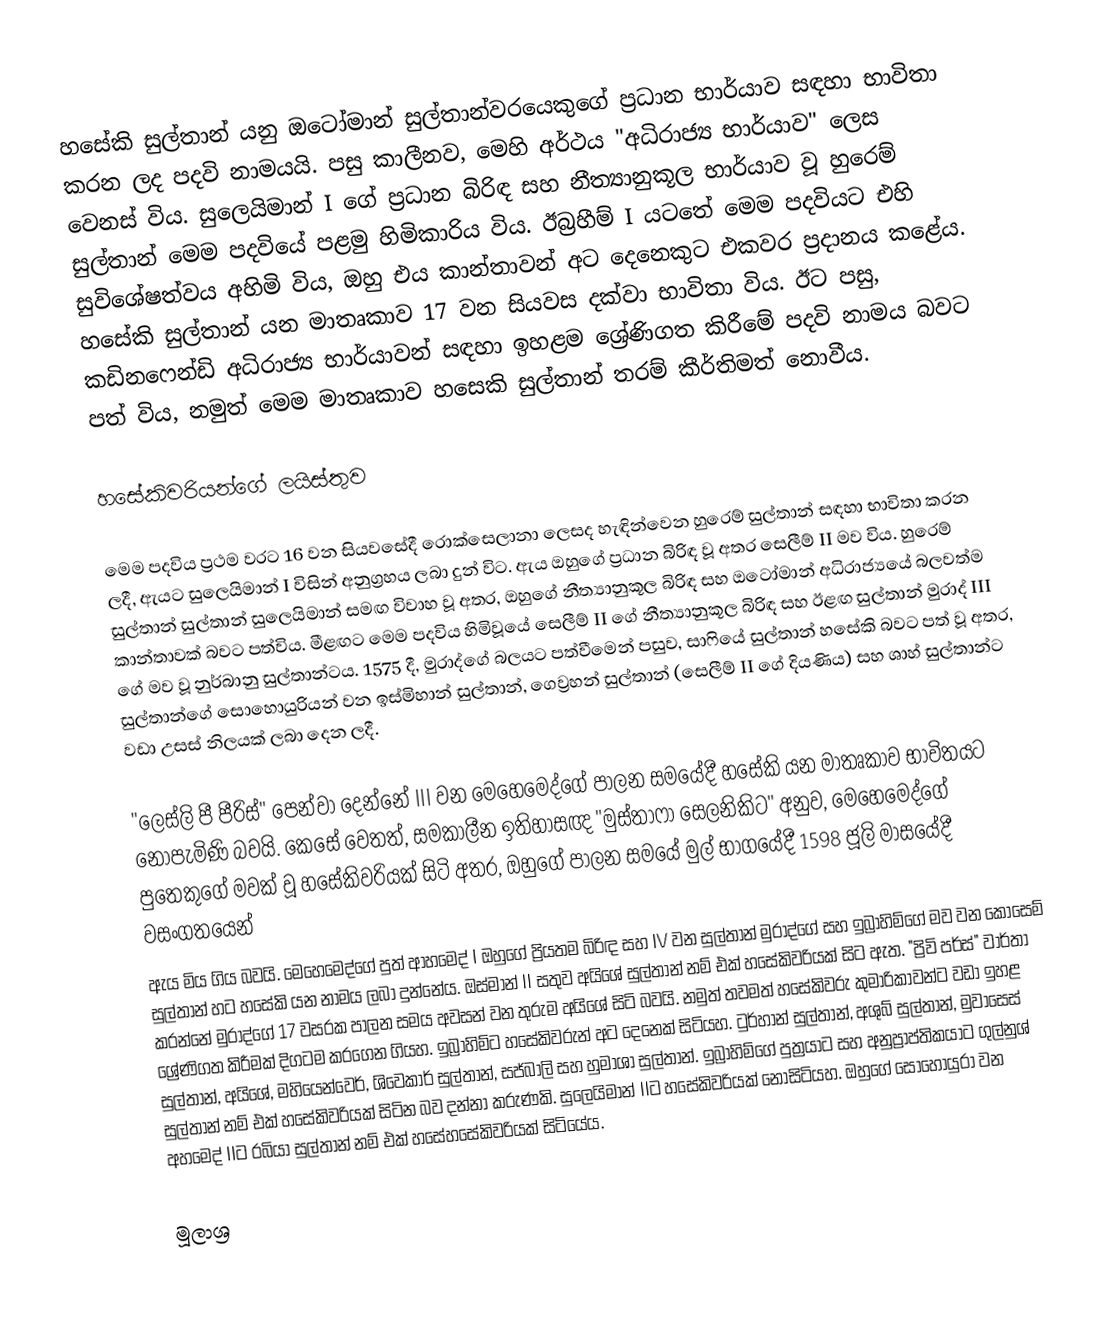
හසේකි සුල්තාන් යනු ඔටෝමාන් සුල්තාන්වරයෙකුගේ ප්‍රධාන භාර්යාව සඳහා භාවිතා කරන ලද පදවි නාමයයි. පසු කාලීනව, මෙහි අර්ථය "අධිරාජ්‍ය භාර්යාව" ලෙස වෙනස් විය. සුලෙයිමාන් I ගේ ප්‍රධාන බිරිඳ සහ නීත්‍යානුකූල භාර්යාව වූ හුරෙම් සුල්තාන් මෙම පදවියේ පළමු හිමිකාරිය විය. ඊබ්‍රහීම් I යටතේ මෙම පදවියට එහි සුවිශේෂත්වය අහිමි විය, ඔහු එය කාන්තාවන් අට දෙනෙකුට එකවර ප්‍රදානය කළේය. හසේකි සුල්තාන් යන මාතෘකාව 17 වන සියවස දක්වා භාවිතා විය. ඊට පසු, කඩිනෆෙන්ඩි අධිරාජ්‍ය භාර්යාවන් සඳහා ඉහළම ශ්‍රේණිගත කිරීමේ පදවි නාමය බවට පත් විය, නමුත් මෙම මාතෘකාව හසෙකි සුල්තාන් තරම් කීර්තිමත් නොවීය.

හසේකිවරියන්ගේ ලයිස්තුව

මෙම පදවිය ප්‍රථම වරට 16 වන සියවසේදී රොක්සෙලානා ලෙසද හැඳින්වෙන හුරෙම් සුල්තාන් සඳහා භාවිතා කරන ලදී, ඇයට සුලෙයිමාන් I විසින් අනුග්‍රහය ලබා දුන් විට. ඇය ඔහුගේ ප්‍රධාන බිරිඳ වූ අතර සෙලීම් II මව විය. හුරෙම් සුල්තාන් සුල්තාන් සුලෙයිමාන් සමඟ විවාහ වූ අතර, ඔහුගේ නීත්‍යානුකූල බිරිඳ සහ ඔටෝමාන් අධිරාජ්‍යයේ බලවත්ම කාන්තාවක් බවට පත්විය. මීළඟට මෙම පදවිය හිමිවූයේ සෙලීම් II ගේ නීත්‍යානුකූල බිරිඳ සහ ඊළඟ සුල්තාන් මුරාද් III ගේ මව වූ නුර්බානු සුල්තාන්ටය. 1575 දී, මුරාද්ගේ බලයට පත්වීමෙන් පසුව, සාෆියේ සුල්තාන් හසේකි බවට පත් වූ අතර, සුල්තාන්ගේ සොහොයුරියන් වන ඉස්මිහාන් සුල්තාන්, ගෙව්‍රහන් සුල්තාන් (සෙලීම් II ගේ දියණිය) සහ ශාහ් සුල්තාන්ට වඩා උසස් නිලයක් ලබා දෙන ලදී.

"ලෙස්ලි පී පීරිස්" පෙන්වා දෙන්නේ III වන මෙහෙමෙද්ගේ පාලන සමයේදී හසේකි යන මාතෘකාව භාවිතයට නොපැමිණි බවයි. කෙසේ වෙතත්, සමකාලීන ඉතිහාසඥ "මුස්තාෆා සෙලනිකිට" අනුව, මෙහෙමෙද්ගේ පුතෙකුගේ මවක් වූ හසේකිවරියක් සිටි අතර, ඔහුගේ පාලන සමයේ මුල් භාගයේදී 1598 ජූලි මාසයේදී වසංගතයෙන්
ඇය මිය ගිය බවයි. මෙහෙමෙද්ගේ පුත් ආහමෙද් I ඔහුගේ ප්‍රියතම බිරිඳ සහ IV වන සුල්තාන් මුරාද්ගේ සහ ඉබ්‍රාහිම්ගේ මව වන කොසෙම් සුල්තාන් හට හසේකි යන නාමය ලබා දුන්නේය. ඔස්මාන් II සතුව අයිශේ සුල්තාන් නම් එක් හසේකිවරියක් සිට ඇත. "ප්‍රිවි පර්ස්" වාර්තා කරන්නේ මුරාද්ගේ 17 වසරක පාලන සමය අවසන් වන තුරුම අයිශේ සිටි බවයි. නමුත් තවමත් හසේකිවරු කුමාරිකාවන්ට වඩා ඉහළ ශ්‍රේණිගත කිරීමක් දිගටම කරගෙන ගියහ. ඉබ්‍රාහිම්ට හසේකිවරුන් අට දෙනෙක් සිටියහ. ටුර්හාන් සුල්තාන්, අශුබ් සුල්තාන්, මුවාසෙස් සුල්තාන්, අයිශේ, මහියෙන්වෙර්, ශිවෙකාර් සුල්තාන්, සජ්බාලි සහ හුමාශා සුල්තාන්. ඉබ්‍රාහිම්ගේ පුත්‍රයාට සහ අනුප්‍රාප්තිකයාට ගුල්නුශ් සුල්තාන් නම් එක් හසේකිවරියක් සිටින බව දන්නා කරුණකි. සුලෙයිමාන් IIට හසේකිවරියක් නොසිටියහ. ඔහුගේ සොහොයුරා වන අහමෙද් IIට රබියා සුල්තාන් නම් එක් හසේහසේකිවරියක් සිටියේය.

මූලාශ්‍ර